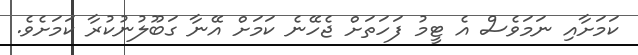
ކަމަށާއި ނަމަވެސް އެ ޓީމު ފަހަތަށް ޖެހޭނެ ކަމަށް އޭނާ ގަބޫލުނުކުރާ ކަމަށެވެ.